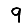
Digit: 9